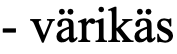
- värikäs